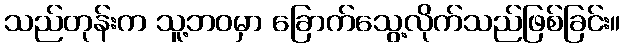
သည်တုန်းက သူ့ဘဝမှာ ခြောက်သွေ့လိုက်သည်ဖြစ်ခြင်း။